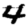
Digit: 4